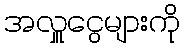
အလှူငွေများကို